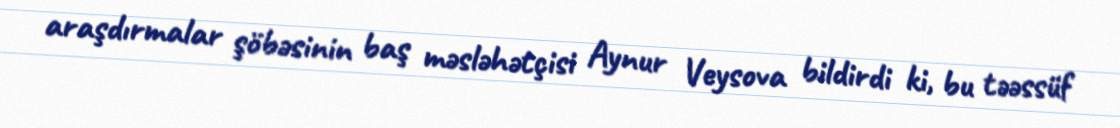
araşdırmalar şöbəsinin baş məsləhətçisi Aynur Veysova bildirdi ki, bu təəssüf